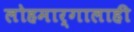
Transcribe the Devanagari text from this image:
लोहमार्गालाही